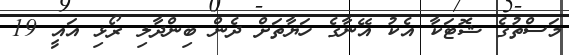
މަސްތުގެ ޝޮޓަކާ އެކު އޭނާގެ ހަޔާތަށް ދެން ބިންދާލި ރޯޅި އައީ 19